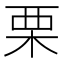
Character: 栗